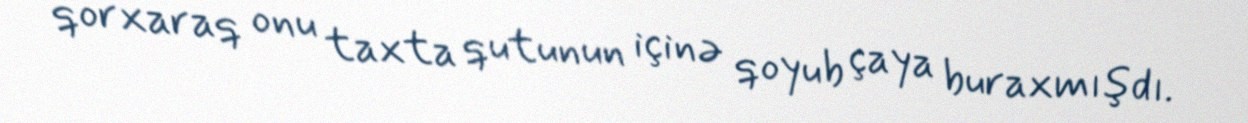
qorxaraq onu taxta qutunun içinə qoyub çaya buraxmışdı.